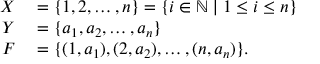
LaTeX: \begin{array} { r l } { X } & { { } = \{ 1 , 2 , \dots , n \} = \{ i \in \mathbb { N } \mid 1 \leq i \leq n \} } \\ { Y } & { { } = \{ a _ { 1 } , a _ { 2 } , \ldots , a _ { n } \} } \\ { F } & { { } = \{ ( 1 , a _ { 1 } ) , ( 2 , a _ { 2 } ) , \ldots , ( n , a _ { n } ) \} . } \end{array}